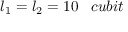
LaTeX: l _ { 1 } = l _ { 2 } = 1 0 \; \; \; c u b i t